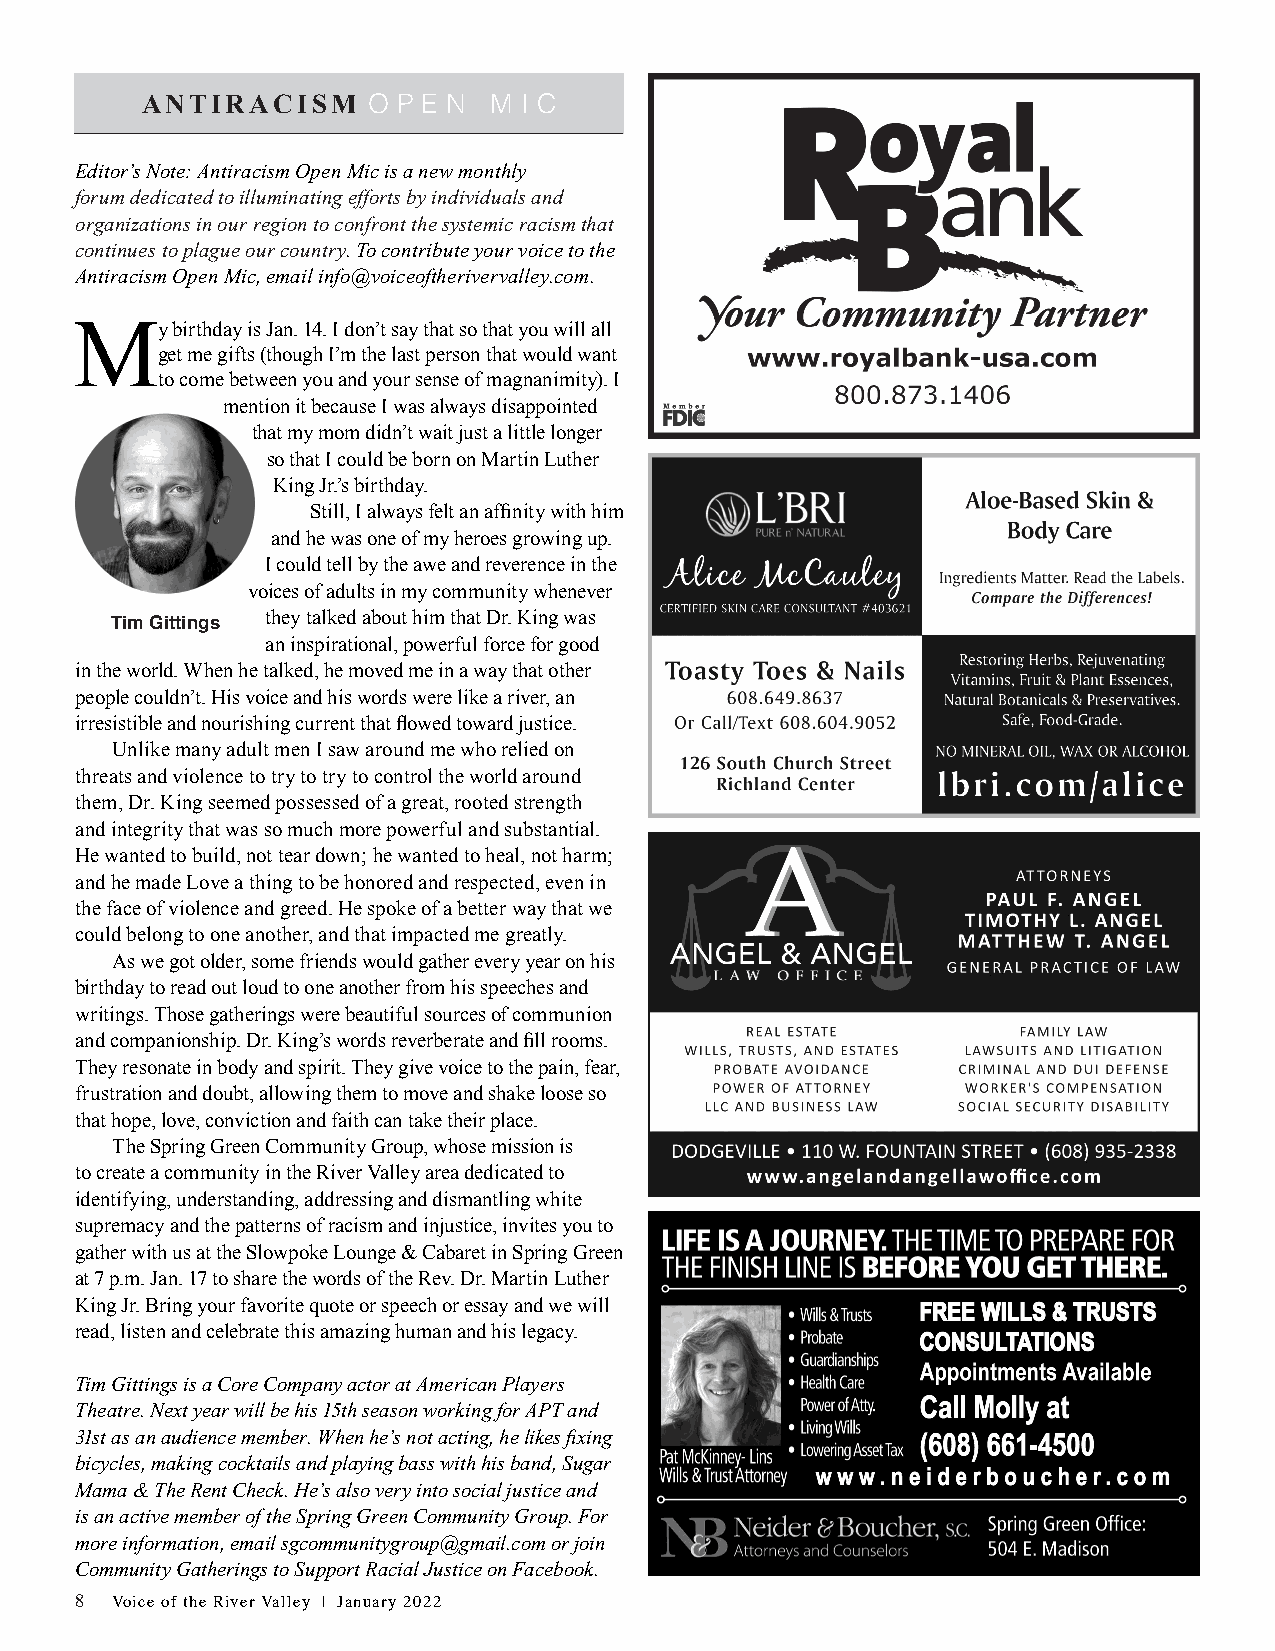
ANTIRACISM     O P E N M I C
 Editor’s Note: Antiracism Open Mic is a new monthly
 forum dedicated to illuminating efforts by individuals and
 organizations in our region to confront the systemic racism that
 continues to plague our country. To contribute your voice to the
 Antiracism Open Mic, email info@voiceoftherivervalley.com.
 My    birthday is Jan. 14. I don’t say that so that you will all
 get me gifts (though I’m the last person that would want
 to come between you and your sense of magnanimity). I
 mention it because I was always disappointed
 that my mom didn’t wait just a little longer
 so that I could be born on Martin Luther
 King Jr.’s birthday.
 Still, I always felt an affinity with him
 and he was one of my heroes growing up.
 I could tell by the awe and reverence in the
 voices of adults in my community whenever
 they talked about him that Dr. King was
 Tim Gittings
 an inspirational, powerful force for good
 in the world. When he talked, he moved me in a way that other
 people couldn’t. His voice and his words were like a river, an
 irresistible and nourishing current that flowed toward justice.
 Unlike many adult men I saw around me who relied on
 threats and violence to try to try to control the world around
 them, Dr. King seemed possessed of a great, rooted strength
 and integrity that was so much more powerful and substantial.
 He wanted to build, not tear down; he wanted to heal, not harm;
 and he made Love a thing to be honored and respected, even in
 the face of violence and greed. He spoke of a better way that we
 could belong to one another, and that impacted me greatly.
 As we got older, some friends would gather every year on his
 birthday to read out loud to one another from his speeches and
 writings. Those gatherings were beautiful sources of communion
 and companionship. Dr. King’s words reverberate and fill rooms.
 They resonate in body and spirit. They give voice to the pain, fear,
 frustration and doubt, allowing them to move and shake loose so
 that hope, love, conviction and faith can take their place.
 The Spring Green Community Group, whose mission is
 to create a community in the River Valley area dedicated to
 identifying, understanding, addressing and dismantling white
 supremacy and the patterns of racism and injustice, invites you to
 gather with us at the Slowpoke Lounge & Cabaret in Spring Green
 at 7 p.m. Jan. 17 to share the words of the Rev. Dr. Martin Luther
 King Jr. Bring your favorite quote or speech or essay and we will
 read, listen and celebrate this amazing human and his legacy.
 Tim Gittings is a Core Company actor at American Players
 Theatre. Next year will be his 15th season working for APT and
 31st as an audience member. When he’s not acting, he likes fixing
 bicycles, making cocktails and playing bass with his band, Sugar
 Mama & The Rent Check. He’s also very into social justice and
 is an active member of the Spring Green Community Group. For
 more information, email sgcommunitygroup@gmail.com or join
 Community Gatherings to Support Racial Justice on Facebook.
 8 Voice of the River Valley | January 2022